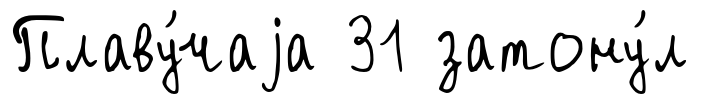
Плаву́чаjа 31 затону́л